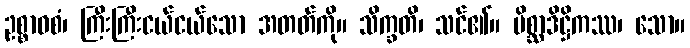
ဥစ္စာဝစံ၊ ကြီးကြီးငယ်ငယ်သော အတတ်ကို။ သိက္ခတိ၊ သင်၏။ မိစ္ဆာဒိဋ္ဌိကဿ၊ သော။